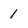
Character: 1